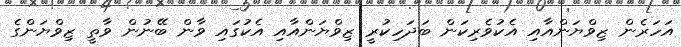
އަހަރެން ޒިވްޔަންއާއި އެކުވެރިކަން ބަދަހިކުރީ ޒިވްޔަންއާއި އެކުގައި ވާން ބޭނުން ވާތީ ޒިވްޔަންގެ